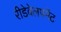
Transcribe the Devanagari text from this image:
रीडेवेलपमेंट